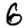
Digit: 6